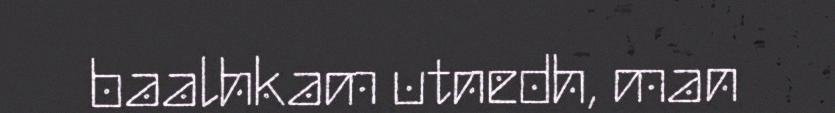
baalhkam utnedh, man